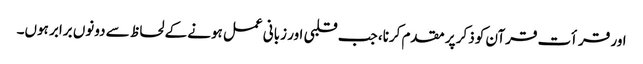
اور قرأت قرآن کو ذکر پر مقدم کرنا، جب قلبی اور زبانی عمل ہونے کے لحاظ سے دونوں برابر ہوں۔